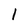
Character: 1